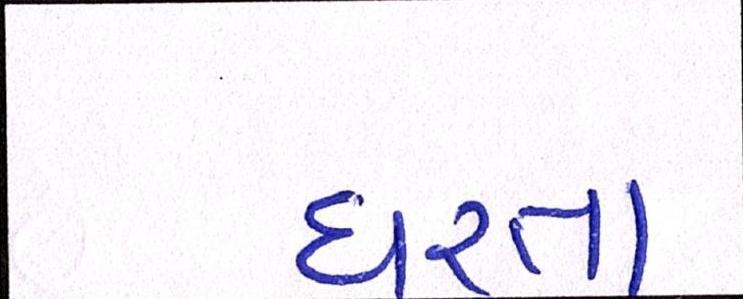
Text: ધરતા